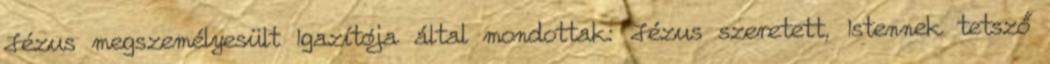
Jézus megszemélyesült Igazítója által mondottak: Jézus szeretett, Istennek tetsző